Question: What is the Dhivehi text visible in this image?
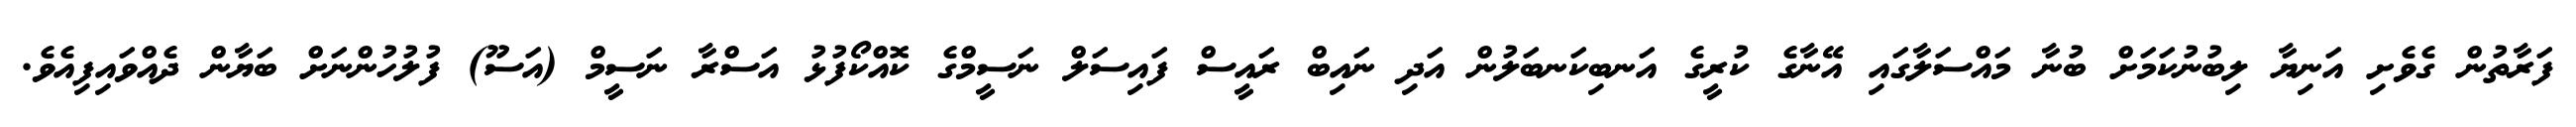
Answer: ފަރާތުން ގެވެށި އަނިޔާ ލިބުނުކަމަށް ބުނާ މައްސަލާގައި އޭނާގެ ކުރީގެ އަނބިކަނބަލުން އަދި ނައިބް ރައީސް ފައިސަލް ނަސީމްގެ ކޮއްކޯފުޅު އަސްރާ ނަސީމް (އަސޫ) ފުލުހުންނަށް ބަޔާން ދެއްވައިފިއެވެ.